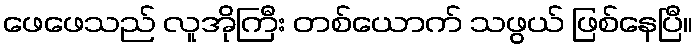
ဖေဖေသည် လူအိုကြီး တစ်ယောက် သဖွယ် ဖြစ်နေပြီ။